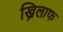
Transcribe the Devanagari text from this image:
ख्निलाफ